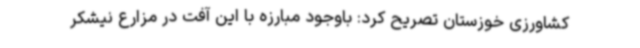
کشاورزی خوزستان تصریح کرد: باوجود مبارزه با این آفت در مزارع نیشکر